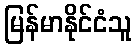
မြန်မာနိုင်ငံသူ